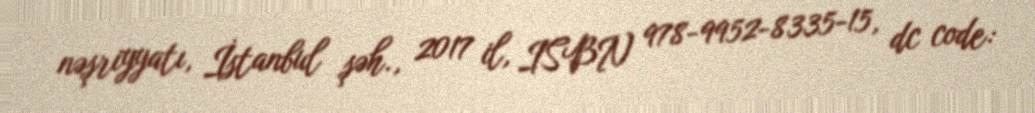
nəşriyyatı, İstanbul şəh., 2017 il, ISBN 978-9952-8335-15, dc code: